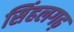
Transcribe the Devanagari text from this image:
सिंहलगढ़